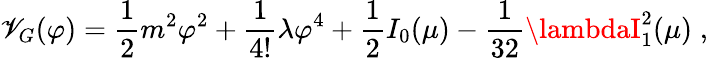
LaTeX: {\cal\mathscr{V}}_{G}(\varphi)={\frac{{1}}{{2}}}m^{2}\varphi^{2}+{\frac{{1}}{{4!}}}\lambda\varphi^{4}+{\frac{{1}}{{2}}}I_{0}(\mu)-{\frac{{1}}{{32}}}\lambdaI_{1}^{2}(\mu)\; ,